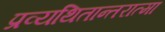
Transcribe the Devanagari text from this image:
प्रव्यथितान्तरात्मा